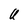
Character: U